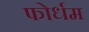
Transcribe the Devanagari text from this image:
फोर्धम